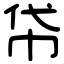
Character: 帒